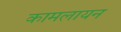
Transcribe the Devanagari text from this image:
कामलायन